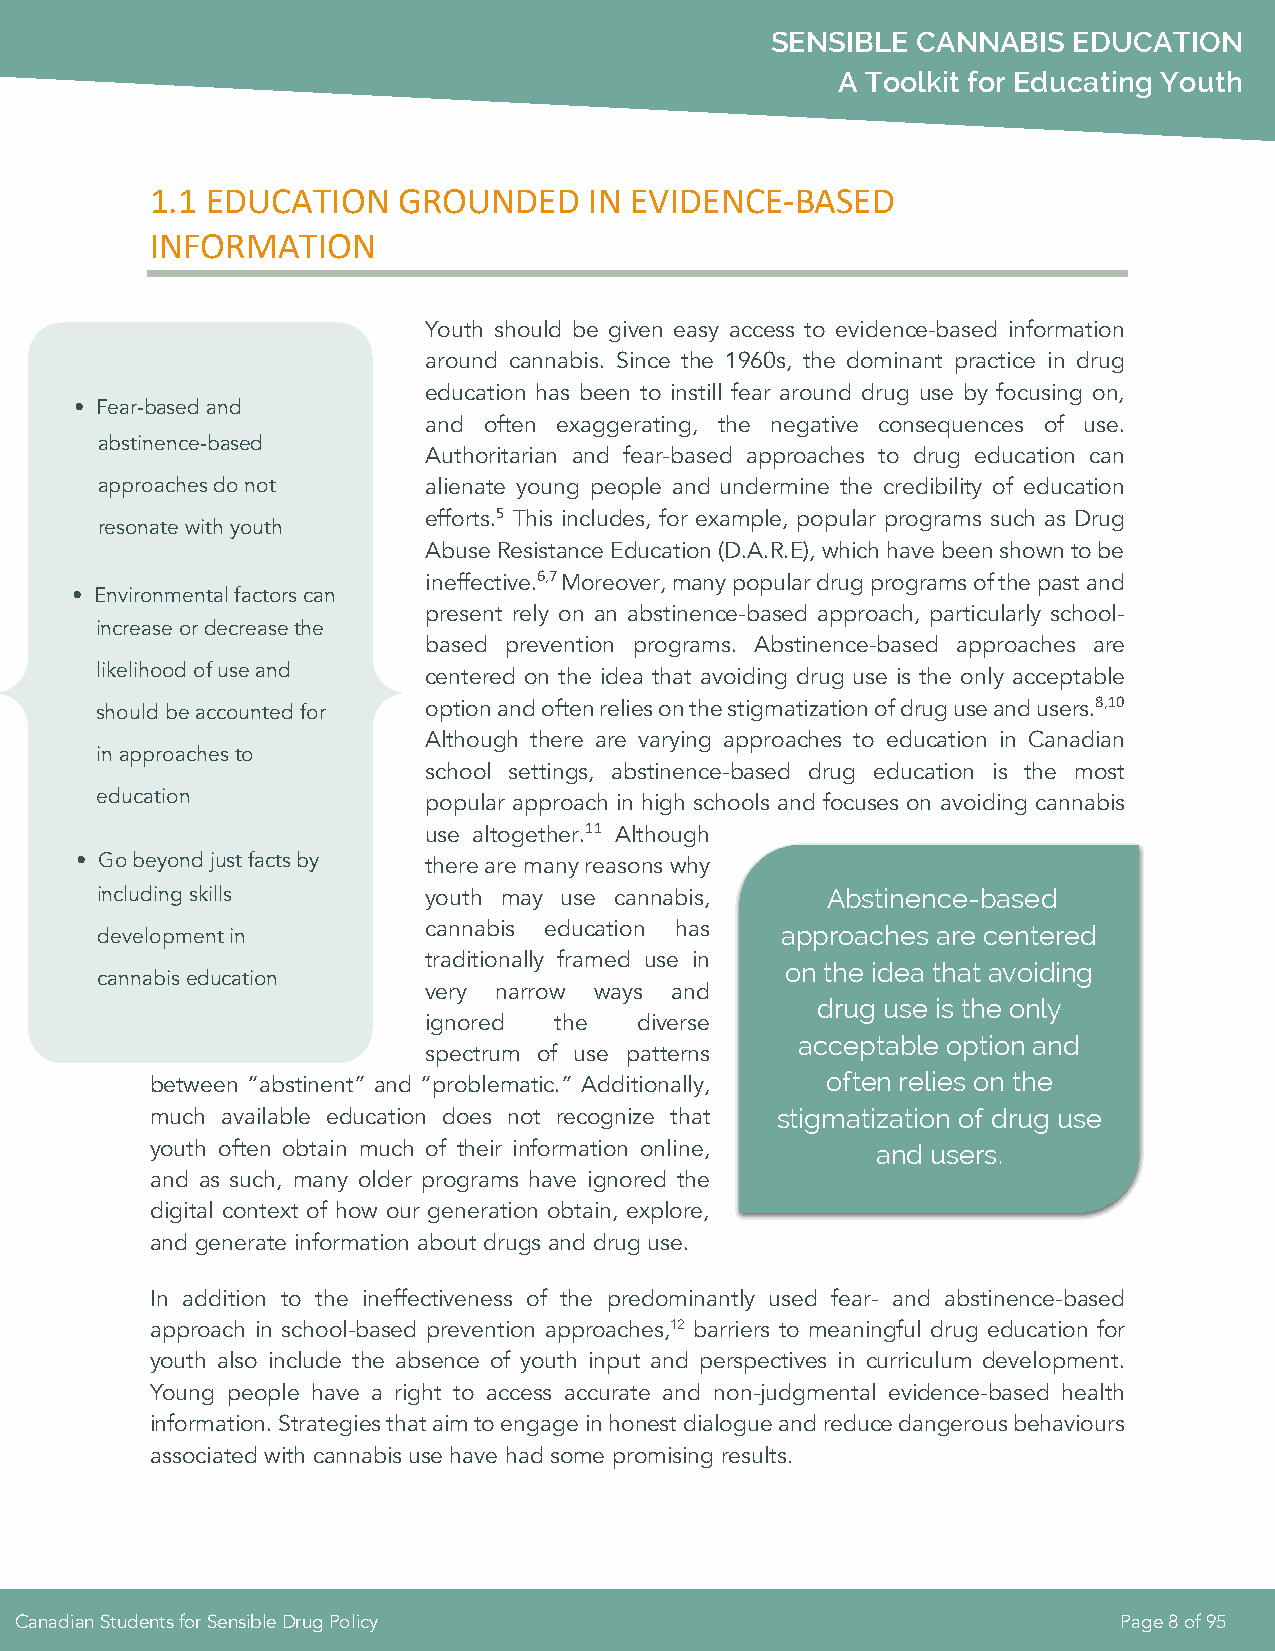
SENSIBLE  CANNABIS  EDUCATION
 A Toolkit for Educating Youth
 1.1 EDUCATION   GROUNDED     IN EVIDENCE-BASED
 INFORMATION
 Youth should be given easy access to evidence-based information
 around cannabis. Since the 1960s, the dominant practice in drug
 education has been to instill fear around drug use by focusing on,
 • Fear-based and
 and often exaggerating, the negative consequences of use.
 abstinence-based
 Authoritarian and fear-based approaches to drug education can
 approaches do not     alienate young people and undermine the credibility of education
 efforts.5 This includes, for example, popular programs such as Drug
 resonate with youth
 Abuse Resistance Education (D.A.R.E), which have been shown to be
 ineffective.6,7 Moreover, many popular drug programs of the past and
 • Environmental factors can
 present rely on an abstinence-based approach, particularly school-
 increase or decrease the
 based prevention programs. Abstinence-based approaches are
 likelihood of use and centered on the idea that avoiding drug use is the only acceptable
 should be accounted for option and often relies on the stigmatization of drug use and users.8,10
 Although there are varying approaches to education in Canadian
 in approaches to
 school settings, abstinence-based drug education is the most
 education             popular approach in high schools and focuses on avoiding cannabis
 use altogether.11 Although
 • Go beyond just facts by there are many reasons why
 including skills      youth may use cannabis,    Abstinence-based
 development in        cannabis education has  approaches are centered
 traditionally framed use in
 on the idea that avoiding
 cannabis education
 very narrow ways and
 drug use is the only
 ignored  the  diverse
 acceptable option and
 spectrum of use patterns
 often relies on the
 between “abstinent” and “problematic.” Additionally,
 much available education does not recognize that stigmatization of drug use
 youth often obtain much of their information online, and users.
 and as such, many older programs have ignored the
 digital context of how our generation obtain, explore,
 and generate information about drugs and drug use.
 In addition to the ineffectiveness of the predominantly used fear- and abstinence-based
 approach in school-based prevention approaches,12 barriers to meaningful drug education for
 youth also include the absence of youth input and perspectives in curriculum development.
 Young people have a right to access accurate and non-judgmental evidence-based health
 information. Strategies that aim to engage in honest dialogue and reduce dangerous behaviours
 associated with cannabis use have had some promising results.
 Canadian Students for Sensible Drug Policy                               Page 8 of 95